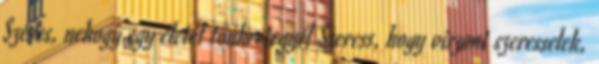
Szeres, nehogy egy életet tönkretegyél Szeress, hogy viszont szeresselek,